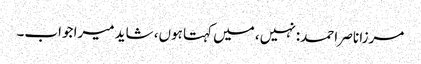
مرزا ناصر احمد: نہیں، میں کہتا ہوں، شاید میرا جواب۔